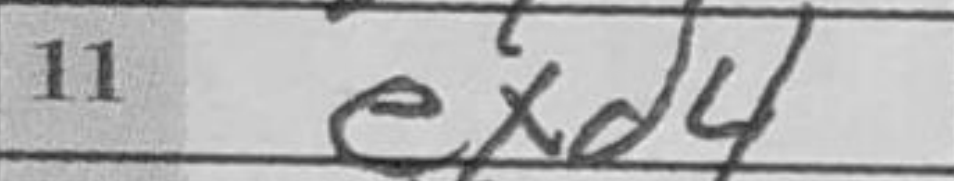
Transcription: exd4